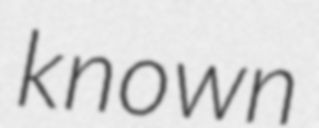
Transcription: known